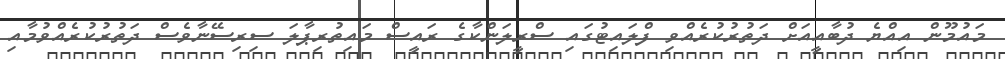
މައުމޫން އިއްޔެ ދުބާއީއަށް ދަތުރުކުރެއްވި ފްލައިޓުގައި ސްރީލަންކާގެ ރައީސް މައިތުރިޕާލަ ސިރިސޭނާވެސް ދަތުރުކުރެއްވުމާއި